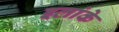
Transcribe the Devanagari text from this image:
इलांके